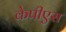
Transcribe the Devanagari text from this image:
केपीएस